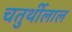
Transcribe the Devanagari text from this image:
चतुर्थीलाल